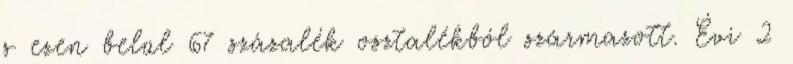
s ezen belül 67 százalék osztalékból származott. Évi 2